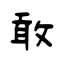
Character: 敢